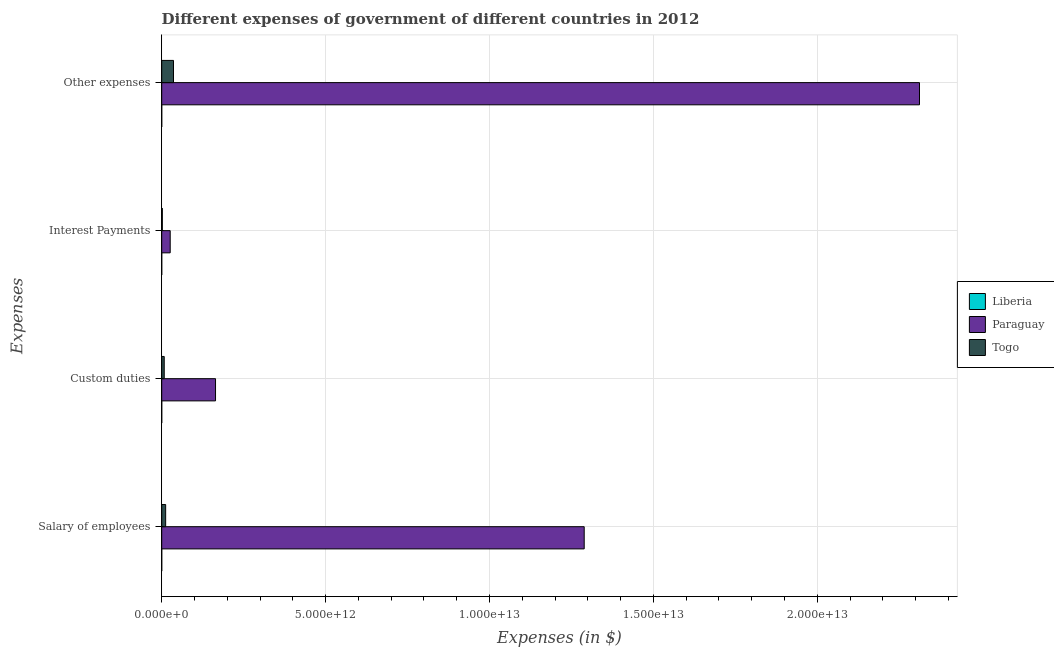
| Expenses | Liberia | Paraguay | Togo |
 | --- | --- | --- | --- |
 | Salary of employees | 2.47e+06 | 1.29e+13 | 1.2e+11 |
 | Custom duties | 1.73e+06 | 1.64e+12 | 7.7e+10 |
 | Interest Payments | 4.63e+04 | 2.59e+11 | 1.86e+10 |
 | Other expenses | 5.86e+06 | 2.31e+13 | 3.6e+11 |